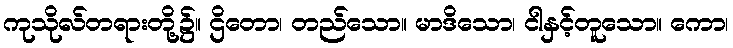
ကုသိုလ်တရားတို့၌။ ဌိတော၊ တည်သော။ မာဒိသော၊ ငါနှင့်တူသော။ ကော၊